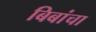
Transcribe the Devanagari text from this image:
बिबांचा